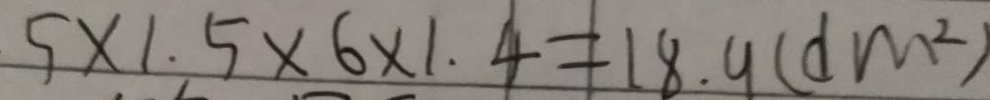
5 \times 1 . 5 \times 6 \times 1 . 4 = 1 8 . 9 ( d m ^ { 2 } )